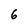
Character: 6